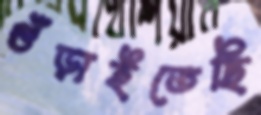
গুঁড়াইতেছি